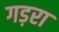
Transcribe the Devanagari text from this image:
गड़रा